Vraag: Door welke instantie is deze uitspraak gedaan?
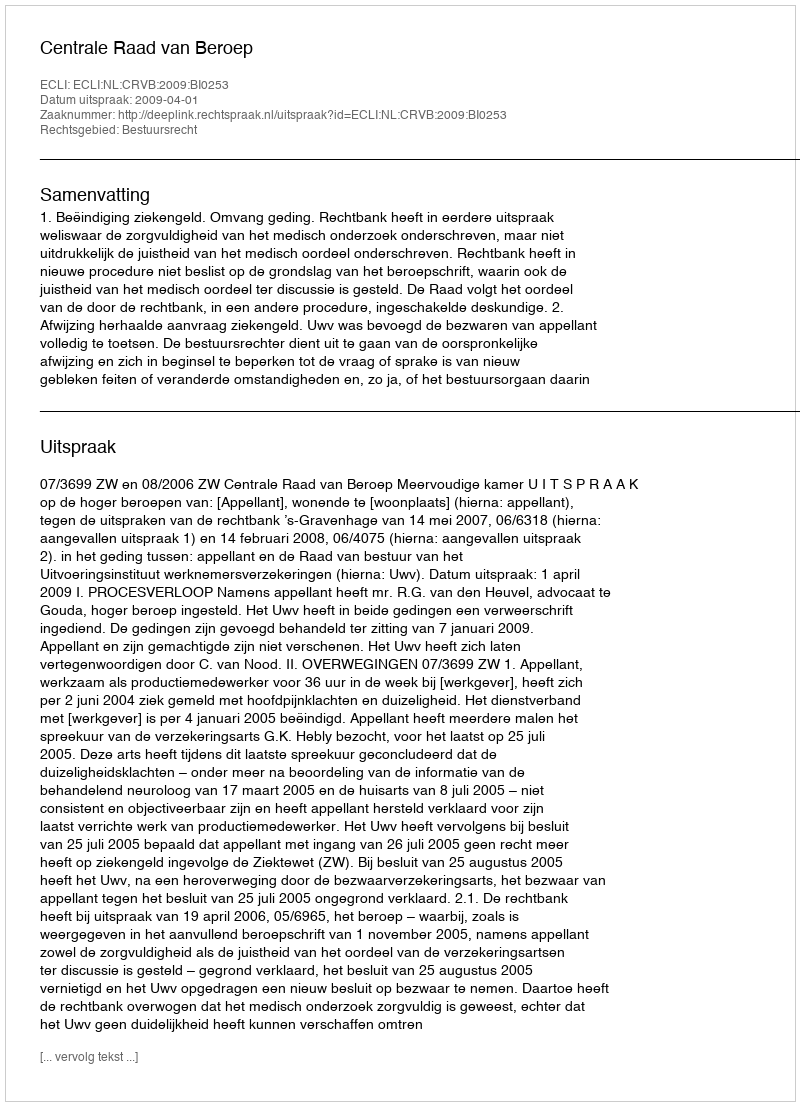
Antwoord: Centrale Raad van Beroep